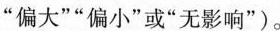
”偏大””偏小”或”无影响”)。